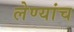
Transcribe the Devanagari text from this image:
लेण्यांच